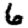
Digit: 6